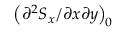
\left( { \partial ^ { 2 } S _ { x } } / { \partial x \partial y } \right) _ { \! 0 }